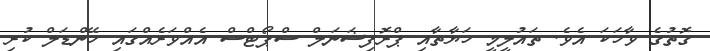
ގޮތުގެ ވާހަކަ އެވެ. ތައުލީމީ ހަޔާތާއި ޕްރޮފިޝަނަލް ސްޕޯޓްސް އެއްވަރެއްގައި ހޭންޑަލް ކުރި